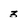
Character: 3